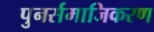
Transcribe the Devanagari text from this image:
पुनर्समाजिकरण